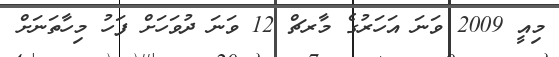
މިއީ 2009 ވަނަ އަހަރުގެ މާރޗް 12 ވަނަ ދުވަހަށް ފަހު މިހާތަނަށް